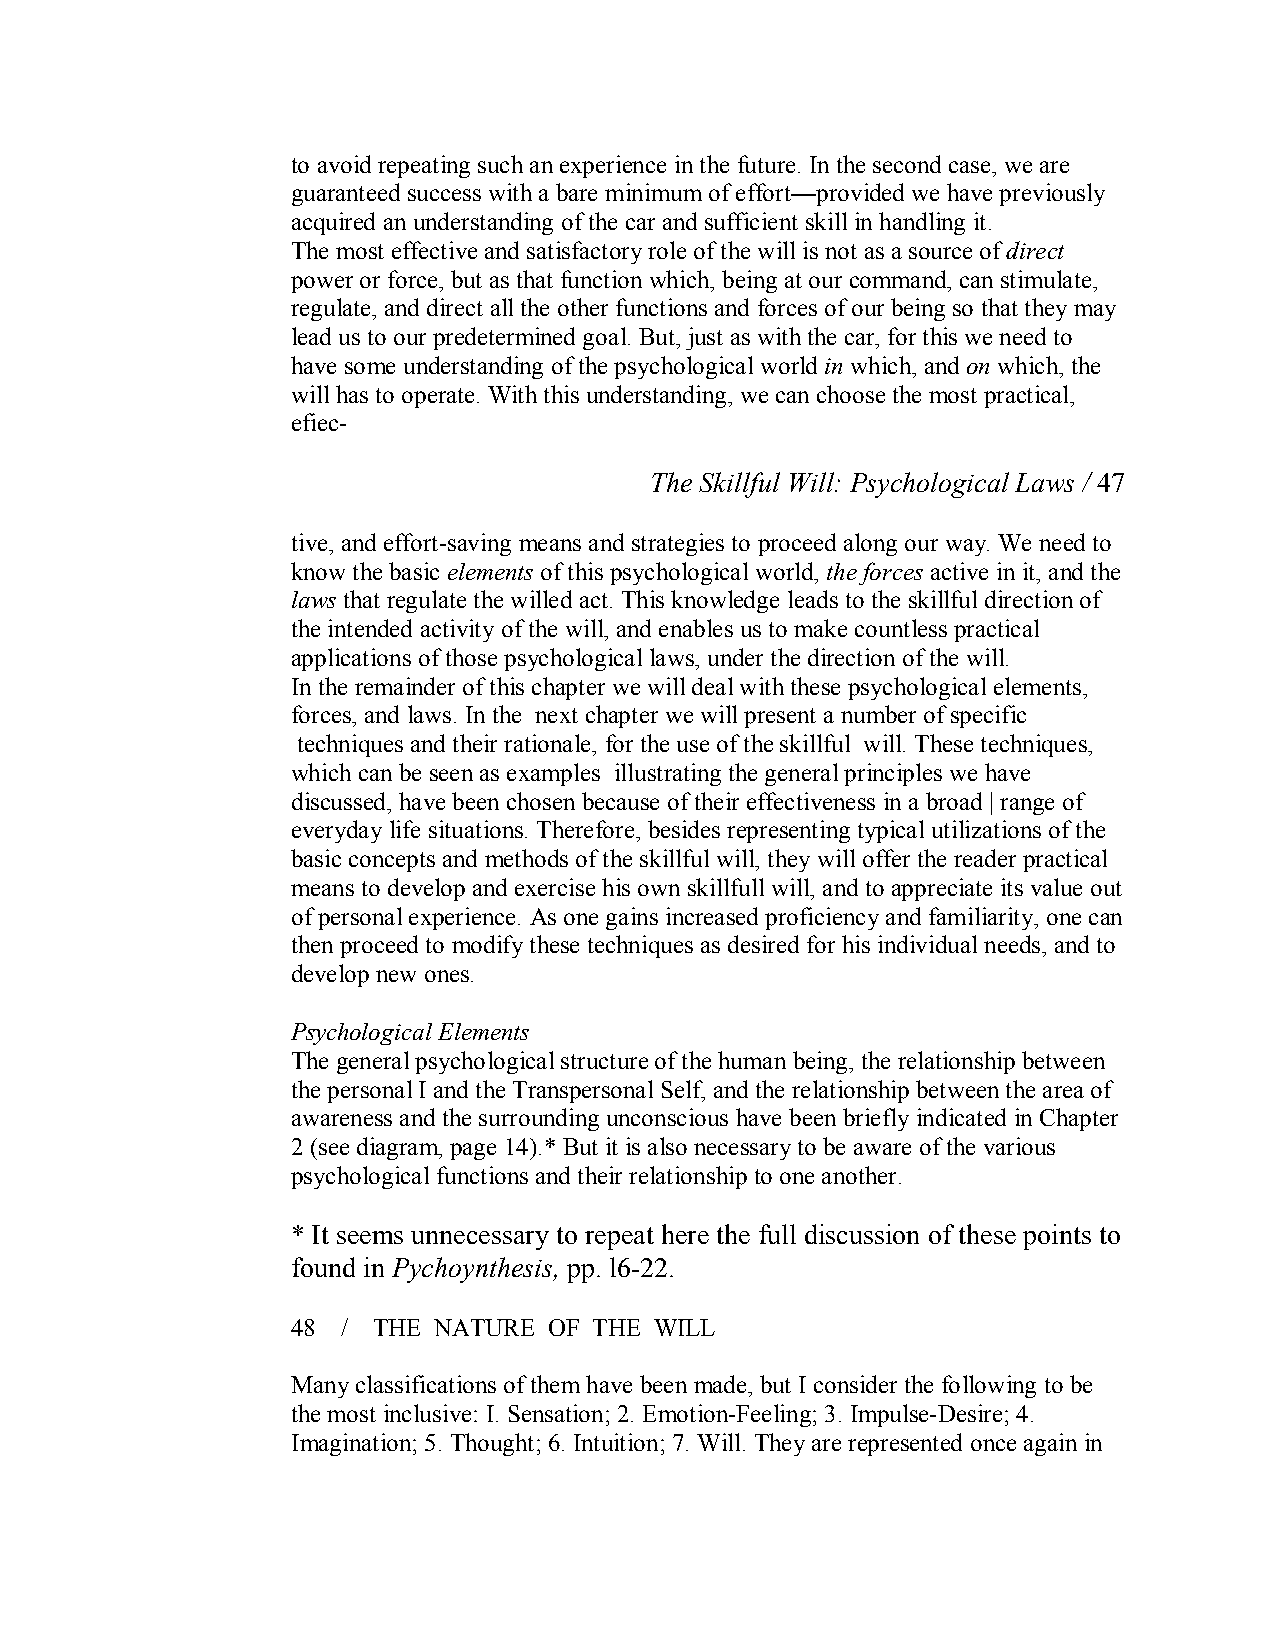
to avoid repeating such an experience in the future. In the second case, we are
 guaranteed success with a bare minimum of effort—provided we have previously
 acquired an understanding of the car and sufficient skill in handling it.
 The most effective and satisfactory role of the will is not as a source ofdirect
 power or force, but as that function which, being at our command, can stimulate,
 regulate, and direct all the other functions and forces of our being so that they may
 lead us to our predetermined goal. But, just as with the car, for this we need to
 have some understanding of the psychological world in which, and on which, the
 will has to operate. With this understanding, we can choose the most practical,
 efiec­
 The Skillful Will: Psychological Laws / 47
 tive, and effort­saving means and strategies to proceed along our way. We need to
 know the basic elements of this psychological world, the forces active in it, and the
 laws that regulate the willed act. This knowledge leads to the skillful direction of
 the intended activity of the will, and enables us to make countless practical
 applications of those psychological laws, under the direction of the will.
 In the remainder of this chapter we will deal with these psychological elements,
 forces, and laws. In the next chapter we will present a number of specific
 techniques and their rationale, for the use of the skillful will. These techniques,
 which can be seen as examples illustrating the general principles we have
 discussed, have been chosen because of their effectiveness in a broad | range of
 everyday life situations. Therefore, besides representing typical utilizations of the
 basic concepts and methods of the skillful will, they will offer the reader practical
 means to develop and exercise his own skillfull will, and to appreciate its value out
 of personal experience. As one gains increased proficiency and familiarity, one can
 then proceed to modify these techniques as desired for his individual needs, and to
 develop new ones.
 Psychological Elements
 The general psychological structure of the human being, the relationship between
 the personal I and the Transpersonal Self, and the relationship between the area of
 awareness and the surrounding unconscious have been briefly indicated in Chapter
 2 (see diagram, page 14).* But it is also necessary to be aware of the various
 psychological functions and their relationship to one another.
 * It seems unnecessary to repeat here the full discussion of these points to
 found in Pychoynthesis, pp. l6­22.
 48  / THE NATURE OF THE WILL
 Many classifications of them have been made, but I consider the following to be
 the most inclusive: I. Sensation; 2. Emotion­Feeling; 3. Impulse­Desire; 4.
 Imagination; 5. Thought; 6. Intuition; 7. Will. They are represented once again in